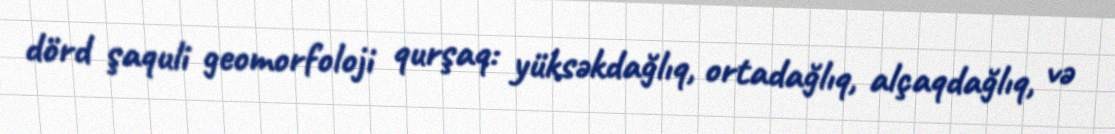
dörd şaquli geomorfoloji qurşaq: yüksəkdağlıq, ortadağlıq, alçaqdağlıq, və